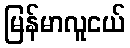
မြန်မာလူငယ်